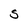
Character: S